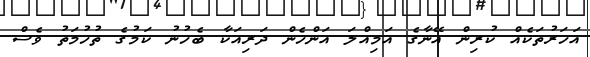
އަހަރުތަކެއް ކުރިން އޭނާގެ އަމިއްލަ އަންހެން ދަރިއަކާ ބެހުނު ކަމުގެ ތުހުމަތު ވެސް